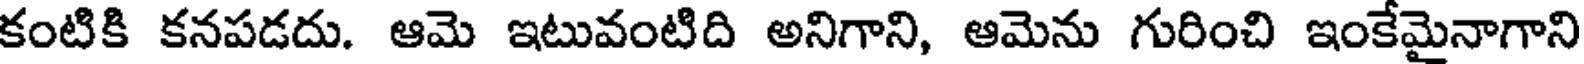
కంటికి కనపడదు. ఆమె ఇటువంటిది అనిగాని, ఆమెను గురించి ఇంకేమైనాగాని